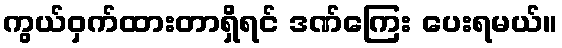
ကွယ်ဝှက်ထားတာရှိရင် ဒဏ်ကြေး ပေးရမယ်။